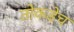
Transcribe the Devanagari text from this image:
तोकडेच